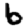
Digit: 6